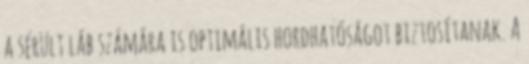
a sérült láb számára is optimális hordhatóságot biztosítanak. A